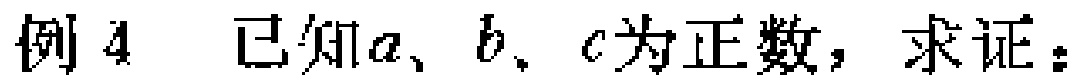
例4 已知\(a、b、c\)为正数，求证：